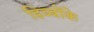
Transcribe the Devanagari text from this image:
डिब्बोंके